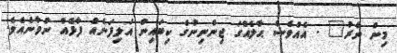
މިން ނާރު" . އެއްވެސް ޙާލެއްގަ ޖިންނިންގެ ކިބައިން އަލިފަނެއް ފާޅެއް ނުވާނެއެވެ.